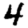
Digit: 4